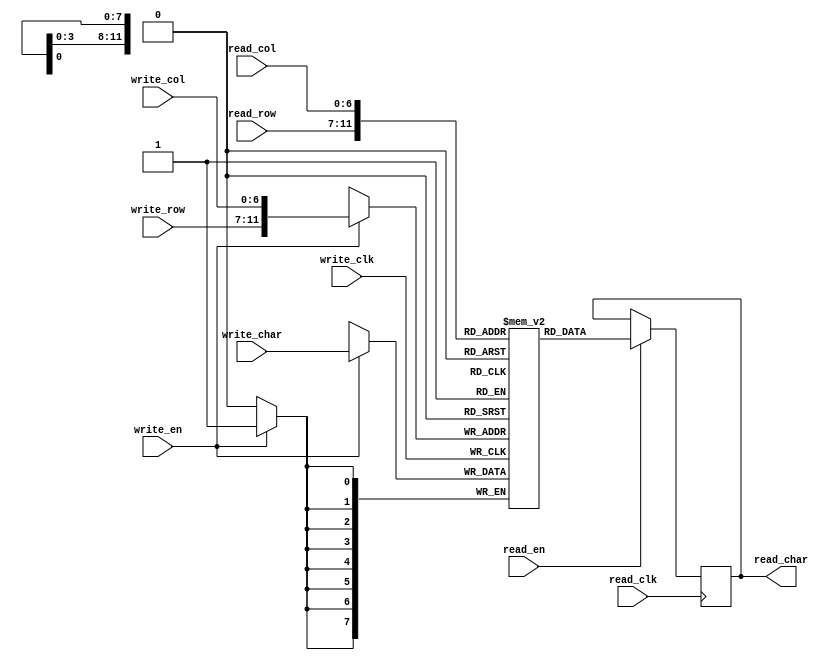
`timescale 1ns / 1ps
//////////////////////////////////////////////////////////////////////////////////
// Company: 
// 
// Design Name: 
// Module Name:    character_buffer 
// Project Name: 
// Target Devices: 
// Tool versions: 
// Description: 
//
// Dependencies: 
//
// Revision: 
// Revision 0.01 - File Created
// Additional Comments: 
//
//////////////////////////////////////////////////////////////////////////////////
module character_buffer(
  input write_clk,
  input write_en,
  input [4:0] write_row,
  input [6:0] write_col,
  input [7:0] write_char,
  input read_clk,
  input read_en,
  input [4:0] read_row,
  input [6:0] read_col,
  output reg [7:0] read_char
    );

  parameter ROWS = 30;
  parameter COLS = 80;

  reg [7:0] buffer[4095:0];
  wire [11:0] write_address = {write_row, write_col};
  wire [11:0] read_address = {read_row, read_col};
  
  always @(posedge write_clk)
    if (write_en)
      buffer[write_address] <= write_char;
  
  always @(posedge read_clk)
    if (read_en)
      read_char <= buffer[read_address];
endmodule